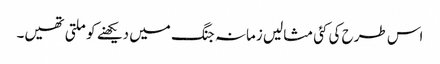
اس طرح کی کئی مثالیں زمانہ جنگ میں دیکھنے کو ملتی تھیں۔